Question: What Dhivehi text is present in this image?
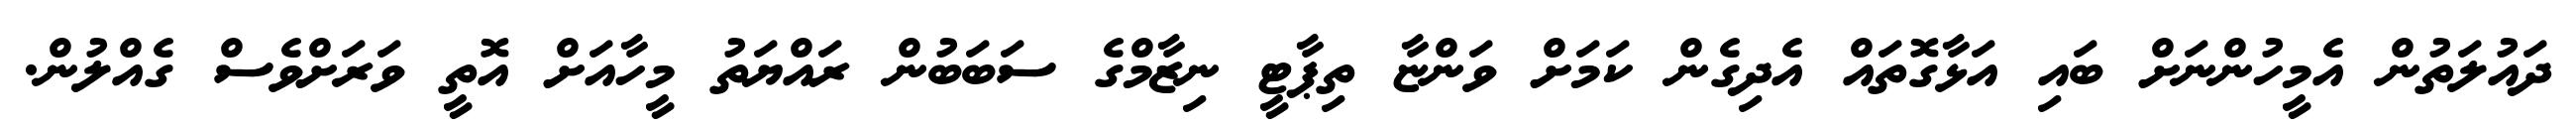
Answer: ދައުލަތުން އެމީހުންނަށް ބައި އަޅާގޮތައް އެދިގެން ކަމަށް ވަންޏާ ތިޕާޓީ ނިޒާމްގެ ސަބަބުން ރައްޔަތު މީހާއަށް އޮތީ ވަރަށްވެސް ގެއްލުން.